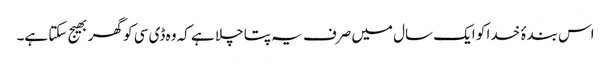
اس بندۂ خدا کو ایک سال میں صرف یہ پتا چلا ہے کہ وہ ڈی سی کو گھر بھیج سکتا ہے۔